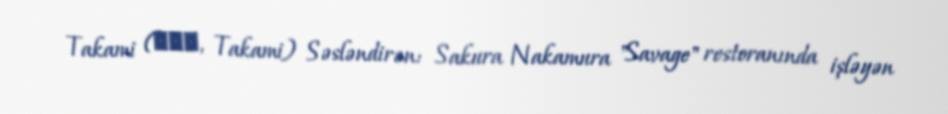
Takami (タカミ, Takami) Səsləndirən: Sakura Nakamura "Savage" restoranında işləyən